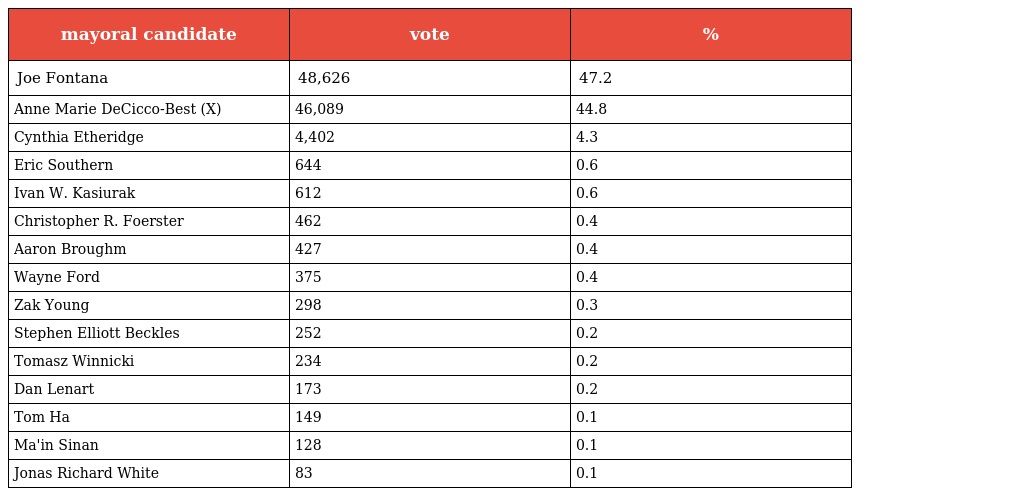
| mayoral candidate | vote | % |
 | --- | --- | --- |
 | Joe Fontana | 48,626 | 47.2 |
 | Anne Marie DeCicco-Best (X) | 46,089 | 44.8 |
 | Cynthia Etheridge | 4,402 | 4.3 |
 | Eric Southern | 644 | 0.6 |
 | Ivan W. Kasiurak | 612 | 0.6 |
 | Christopher R. Foerster | 462 | 0.4 |
 | Aaron Broughm | 427 | 0.4 |
 | Wayne Ford | 375 | 0.4 |
 | Zak Young | 298 | 0.3 |
 | Stephen Elliott Beckles | 252 | 0.2 |
 | Tomasz Winnicki | 234 | 0.2 |
 | Dan Lenart | 173 | 0.2 |
 | Tom Ha | 149 | 0.1 |
 | Ma'in Sinan | 128 | 0.1 |
 | Jonas Richard White | 83 | 0.1 |